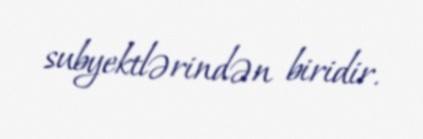
subyektlərindən biridir.